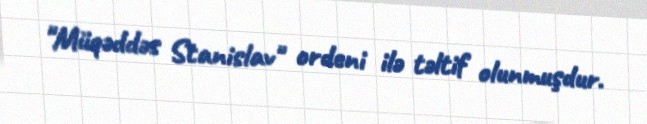
"Müqəddəs Stanislav" ordeni ilə təltif olunmuşdur.